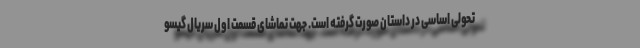
تحولی اساسی در داستان صورت گرفته است. جهت تماشای قسمت اول سریال گیسو